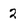
Character: 2